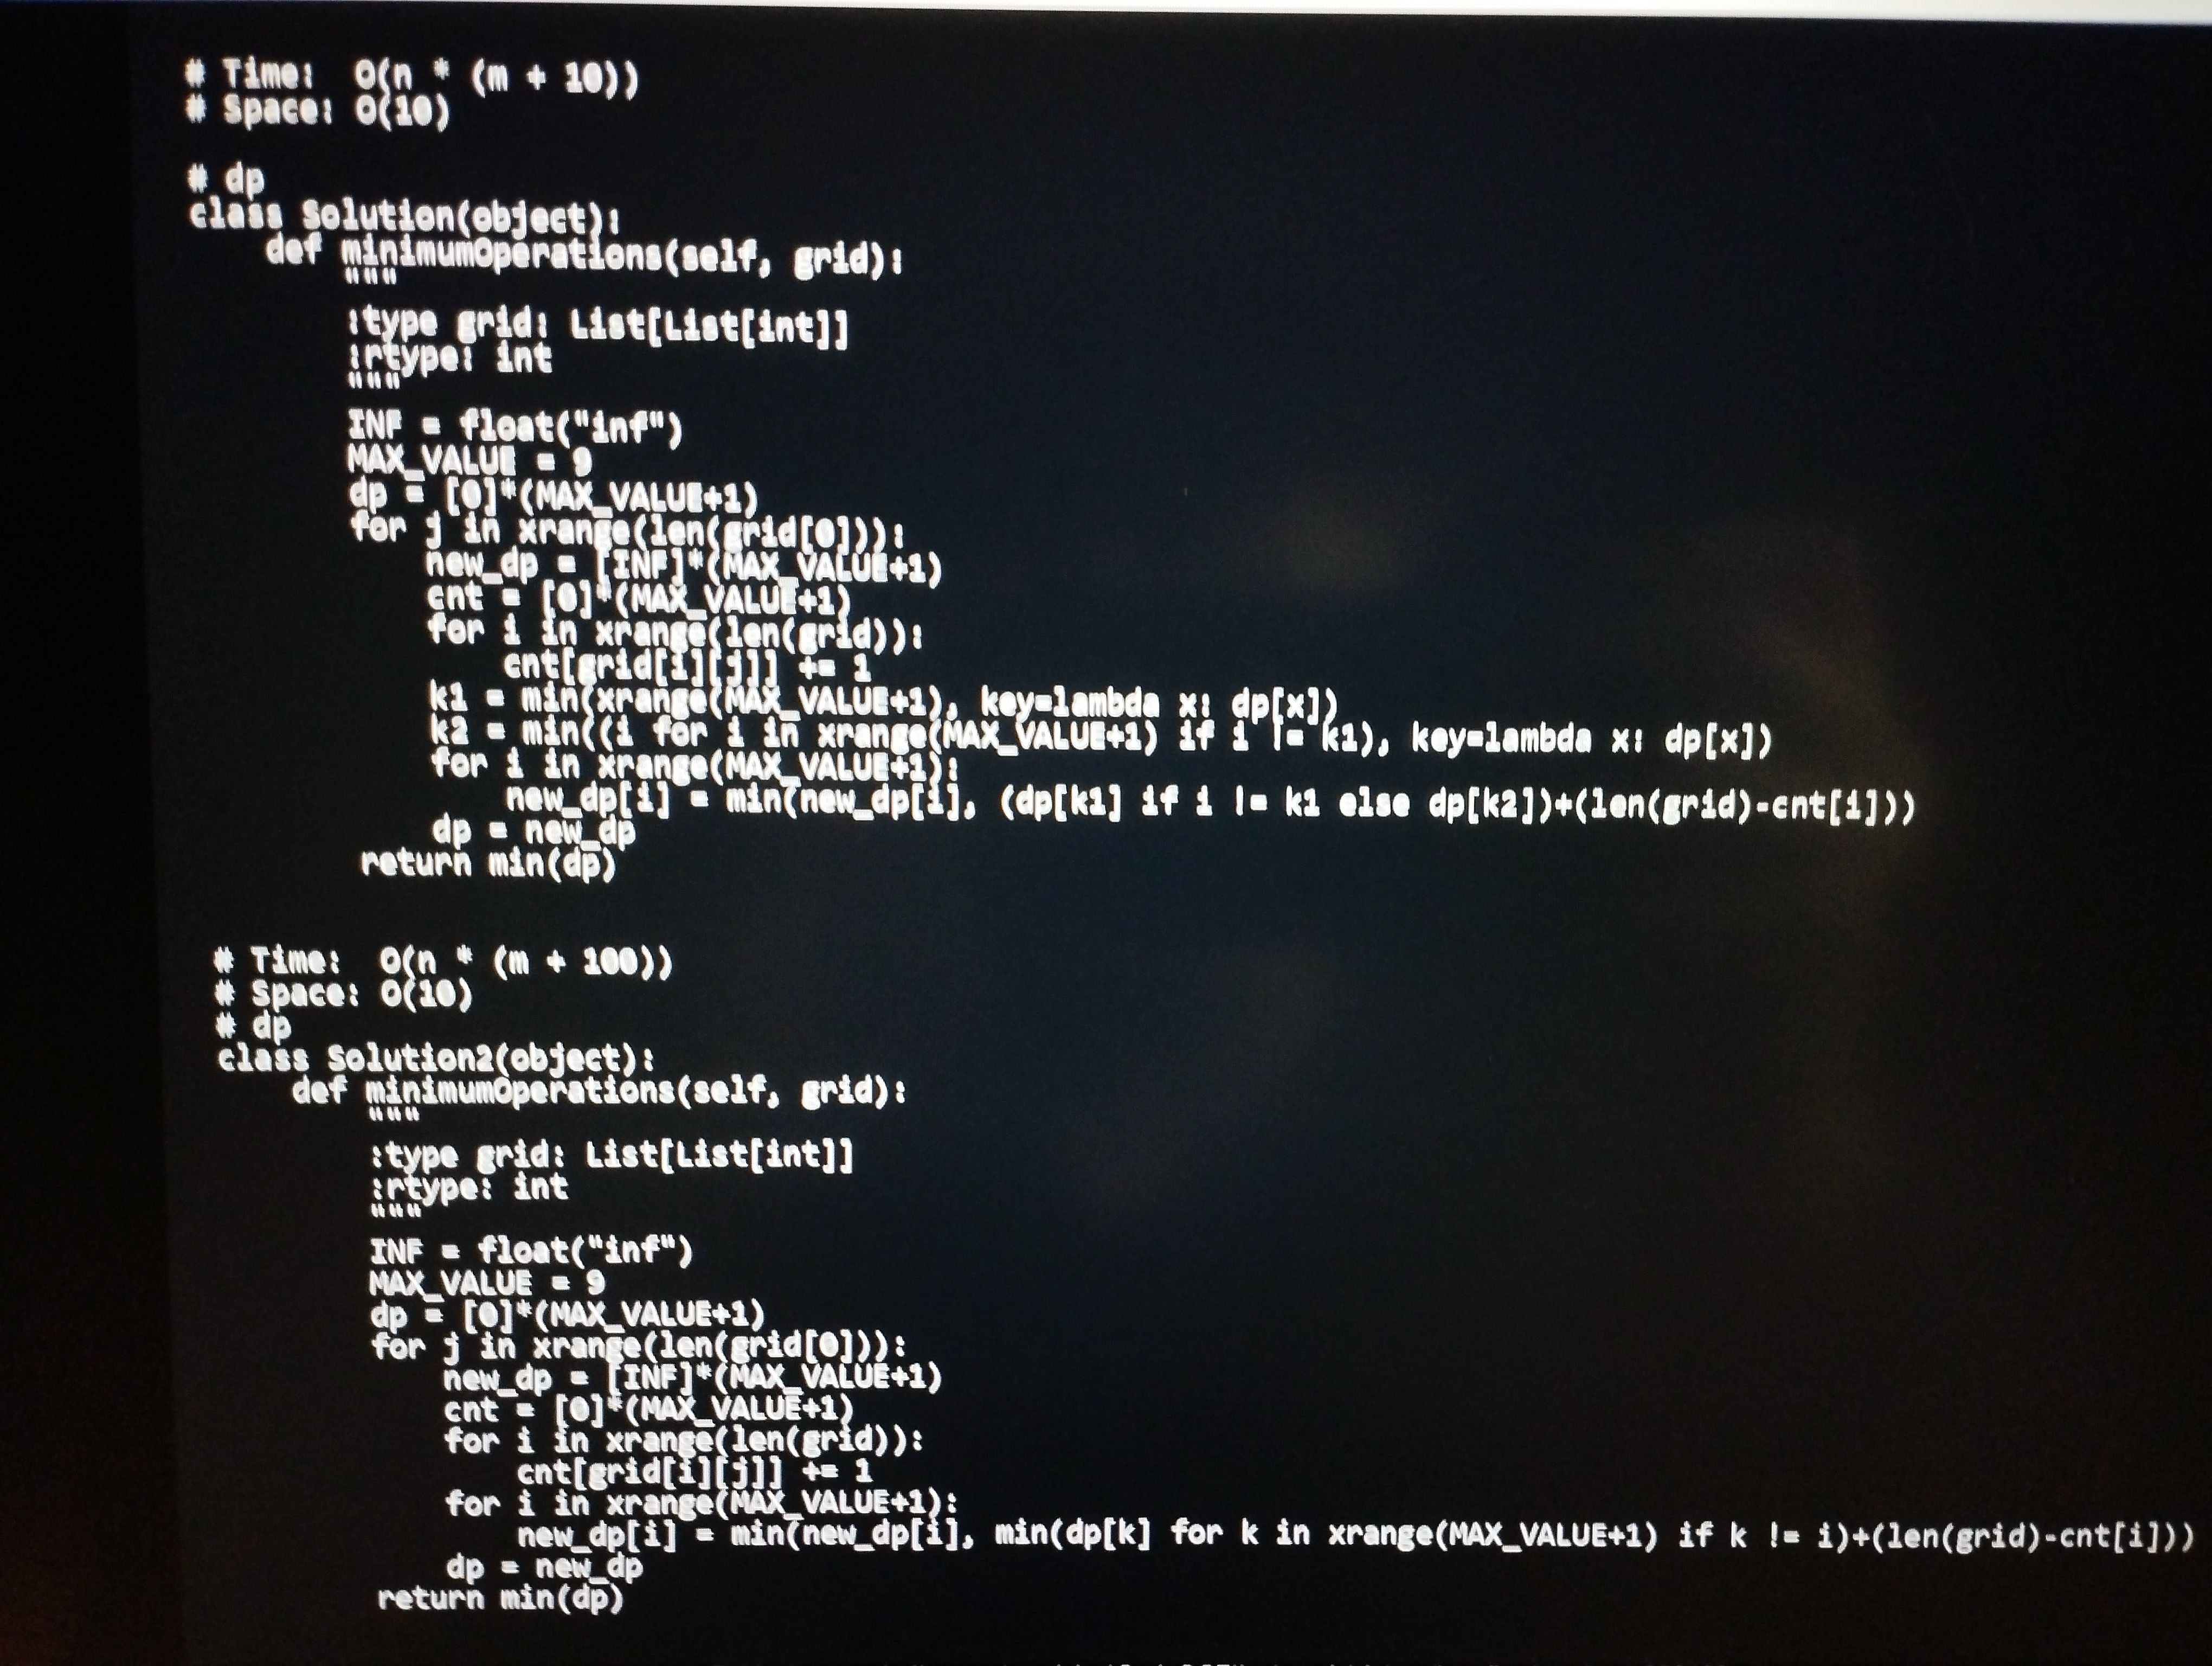
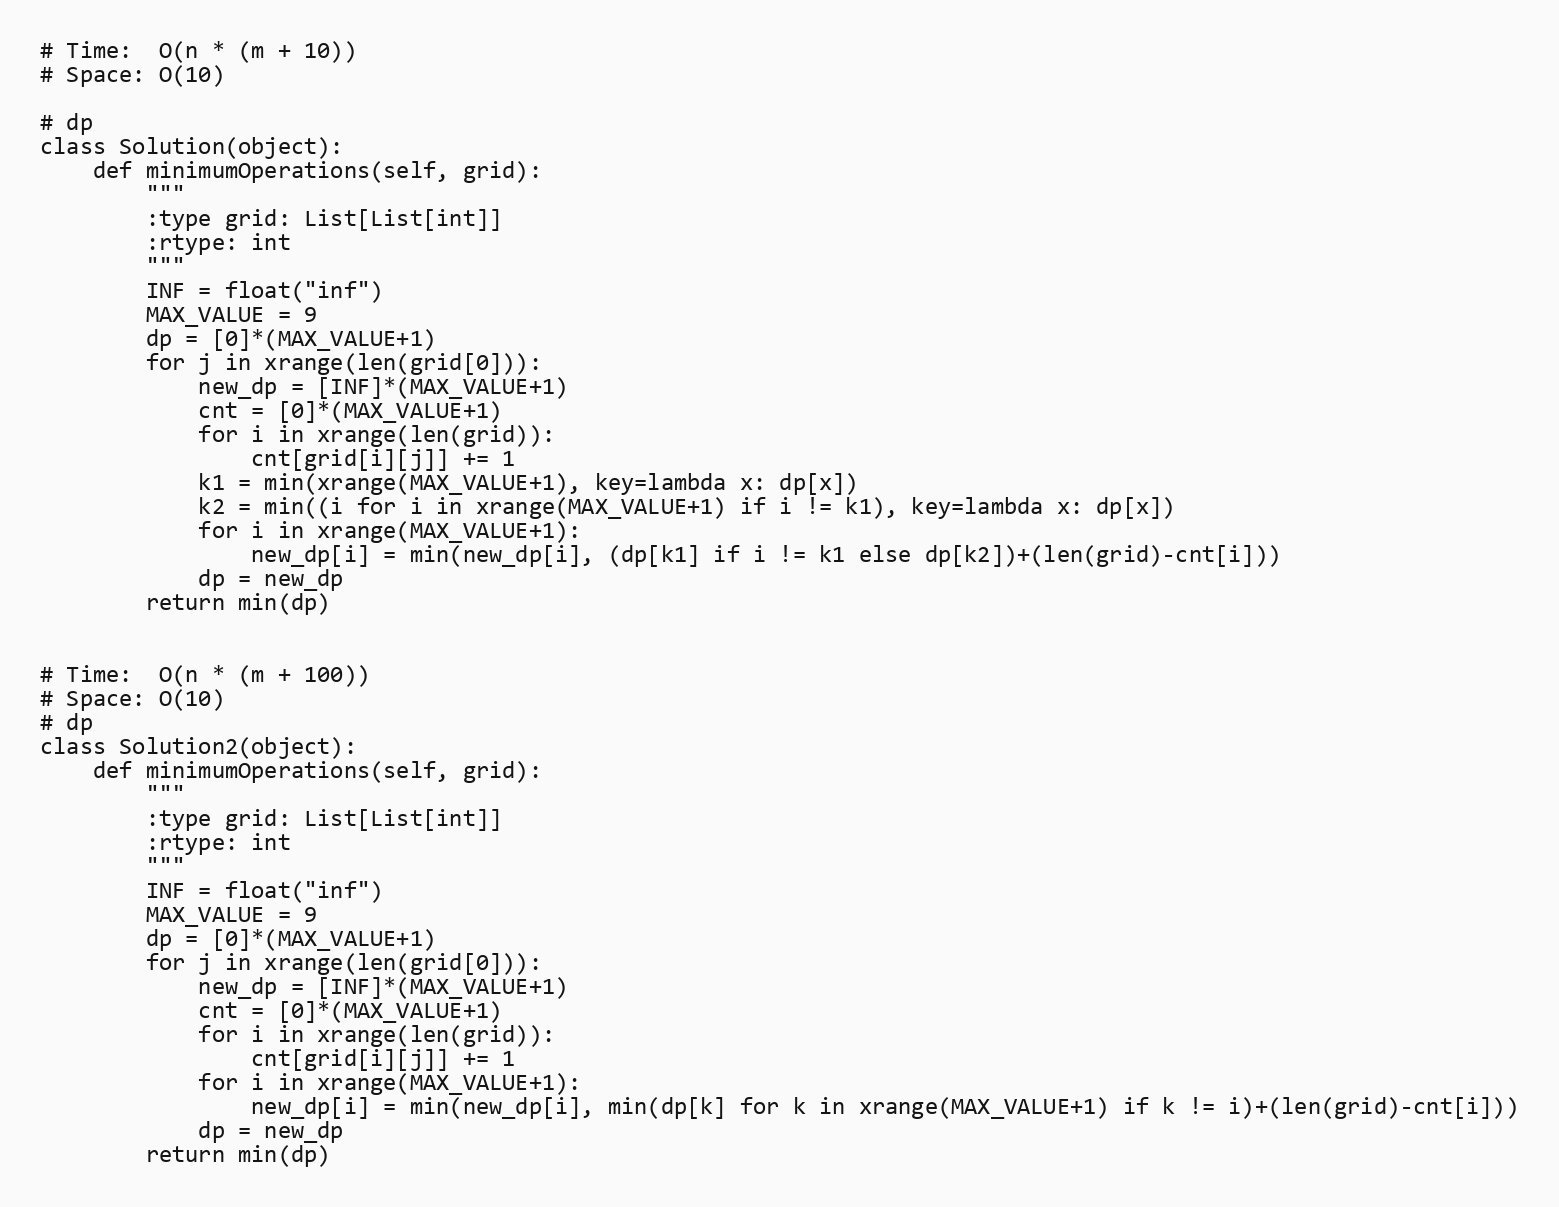
# Time:  O(n * (m + 10))
# Space: O(10)

# dp
class Solution(object):
    def minimumOperations(self, grid):
        """
        :type grid: List[List[int]]
        :rtype: int
        """
        INF = float("inf")
        MAX_VALUE = 9
        dp = [0]*(MAX_VALUE+1)
        for j in xrange(len(grid[0])):
            new_dp = [INF]*(MAX_VALUE+1)
            cnt = [0]*(MAX_VALUE+1)
            for i in xrange(len(grid)):
                cnt[grid[i][j]] += 1
            k1 = min(xrange(MAX_VALUE+1), key=lambda x: dp[x])
            k2 = min((i for i in xrange(MAX_VALUE+1) if i != k1), key=lambda x: dp[x])
            for i in xrange(MAX_VALUE+1):
                new_dp[i] = min(new_dp[i], (dp[k1] if i != k1 else dp[k2])+(len(grid)-cnt[i]))
            dp = new_dp
        return min(dp)

# Time:  O(n * (m + 100))
# Space: O(10)
# dp
class Solution2(object):
    def minimumOperations(self, grid):
        """
        :type grid: List[List[int]]
        :rtype: int
        """
        INF = float("inf")
        MAX_VALUE = 9
        dp = [0]*(MAX_VALUE+1)
        for j in xrange(len(grid[0])):
            new_dp = [INF]*(MAX_VALUE+1)
            cnt = [0]*(MAX_VALUE+1)
            for i in xrange(len(grid)):
                cnt[grid[i][j]] += 1
            for i in xrange(MAX_VALUE+1):
                new_dp[i] = min(new_dp[i], min(dp[k] for k in xrange(MAX_VALUE+1) if k != i)+(len(grid)-cnt[i]))
            dp = new_dp
        return min(dp)